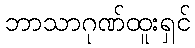
ဘာသာဂုဏ်ထူးရှင်